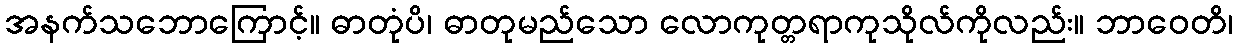
အနက်သဘောကြောင့်။ ဓာတုံပိ၊ ဓာတုမည်သော လောကုတ္တရာကုသိုလ်ကိုလည်း။ ဘာဝေတိ၊